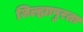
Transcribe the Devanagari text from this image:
जिल्ह्यापुरता